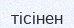
тісінен